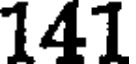
141